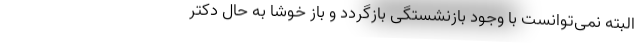
البته نمی‌توانست با وجود بازنشستگی بازگردد و باز خوشا به حال دکتر